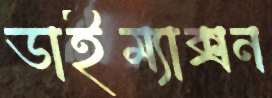
ডাইম্যাক্সন